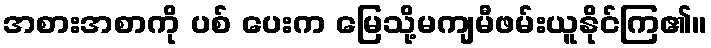
အစားအစာကို ပစ် ပေးက မြေသို့မကျမီဖမ်းယူနိုင်ကြ၏။